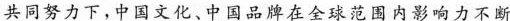
共同努力下，中国文化、中国品牌在全球范围内影响力不断